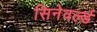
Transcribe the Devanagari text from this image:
सिनेवर्ल्ड